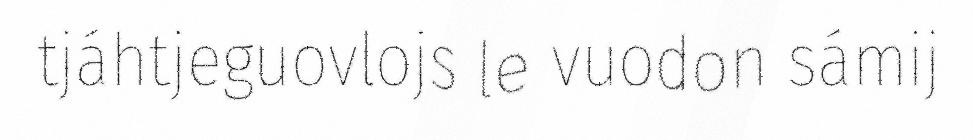
tjáhtjeguovlojs le vuodon sámij